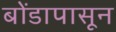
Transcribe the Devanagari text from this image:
बोंडापासून